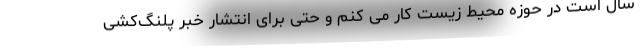
سال است در حوزه محیط‌ زیست کار می کنم و حتی برای انتشار خبر پلنگ‌کُشی